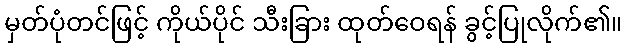
မှတ်ပုံတင်ဖြင့် ကိုယ်ပိုင် သီးခြား ထုတ်ဝေရန် ခွင့်ပြုလိုက်၏။